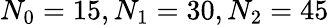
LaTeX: N_{0}=15,N_{1}=30,N_{2}=45